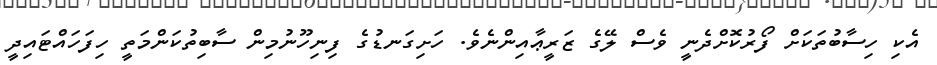
އެކި ހިސާބުތަކަށް ފޯރުކޮށްދެނީ ވެސް ލޭގެ ޒަރީޢާއިންނެވެ. ހަށިގަނޑުގެ ފިނިހޫނުމިން ސާބިތުކަންމަތީ ހިފަހައްޓައިދީ